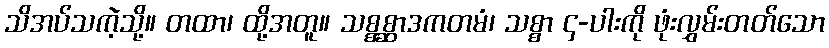
သိအပ်သကဲ့သို့။ တထာ၊ ထို့အတူ။ သစ္စစ္ဆာဒကတမံ၊ သစ္စာ ၄-ပါးကို ဖုံးလွှမ်းတတ်သော